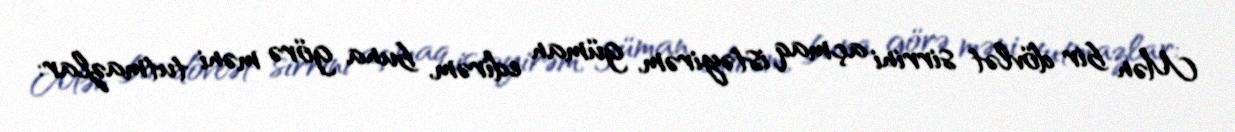
Mən bir dövlət sirrini açmaq istəyirəm, güman edirəm, buna görə məni tutmazlar: